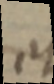
et